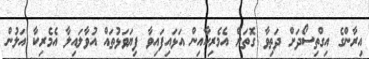
އިރާންގެ އިގްތިސޯދަށް ދަތިވާ ގޮތަށް އެމެރިކާއިން އަޅައިފައިވާ ފިޔަވަޅުތައް އުވާލައިލާ އެމެރިކާ އަލުން